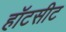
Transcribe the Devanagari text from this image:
हॉटसीट